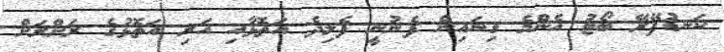
ކަނޑުފޭރޭ ބޯޓު އެންމެ ގިނައިން ފެނުނީ ފެލިދެ އަތޮޅާއި އަރި އަތޮޅުގެ ރަށްރަށް